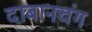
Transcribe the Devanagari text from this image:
दाबानचंग